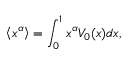
\left\langle x ^ { \alpha } \right\rangle = \int _ { 0 } ^ { 1 } x ^ { \alpha } V _ { 0 } ( x ) d x ,